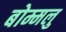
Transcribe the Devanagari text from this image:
बोम्मलु